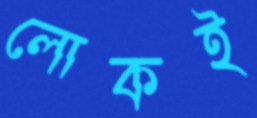
লোকই